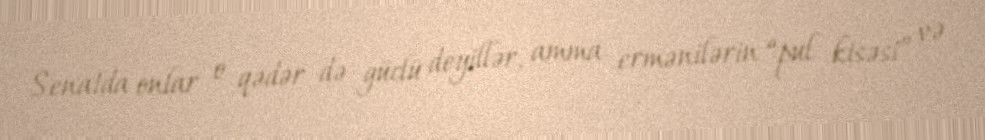
Senatda onlar o qədər də güclü deyillər, amma ermənilərin “pul kisəsi” və